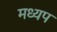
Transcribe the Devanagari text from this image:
मध्यप